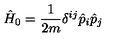
\hat { H } _ { 0 } = \frac { 1 } { 2 m } \delta ^ { i j } \hat { p } _ { i } \hat { p } _ { j }